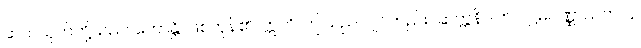
ဆယ်သုတ်တို့သည်။ ဟောန္တိ၊ ဖြစ်ကုန်၏။ ဣတိ၊ ဤသည်လျင်တည်း။ ဆက္ကနိပါတ် ပဋ္ဌမပဏ္ဏာသက၊ ၄၊